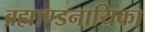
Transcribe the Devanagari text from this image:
ब्रह्माण्डनायिका